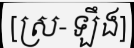
[ស្រ-ឡឹង]